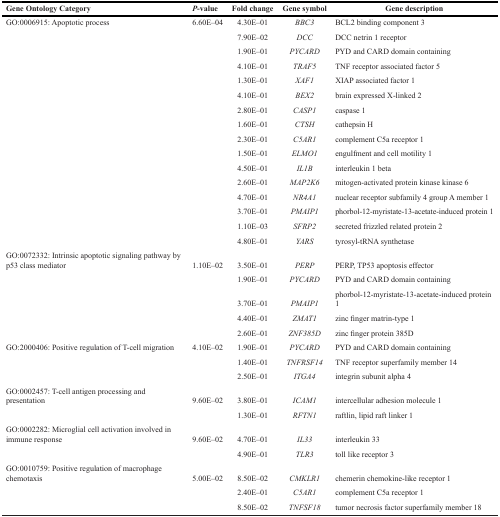
<table><thead><tr><td><b>Gene Ontology Category</b></td><td><b><i>P</i>-value</b></td><td><b>Fold change</b></td><td><b>Gene symbol</b></td><td><b>Gene description</b></td></tr></thead><tbody><tr><td>GO:0006915: Apoptotic process</td><td>6.60E–04</td><td>4.30E–01</td><td><i>BBC3</i></td><td>BCL2 binding component 3</td></tr><tr><td></td><td></td><td>7.90E–02</td><td><i>DCC</i></td><td>DCC netrin 1 receptor</td></tr><tr><td></td><td></td><td>1.90E–01</td><td><i>PYCARD</i></td><td>PYD and CARD domain containing</td></tr><tr><td></td><td></td><td>4.10E–01</td><td><i>TRAF5</i></td><td>TNF receptor associated factor 5</td></tr><tr><td></td><td></td><td>1.30E–01</td><td><i>XAF1</i></td><td>XIAP associated factor 1</td></tr><tr><td></td><td></td><td>4.10E–01</td><td><i>BEX2</i></td><td>brain expressed X-linked 2</td></tr><tr><td></td><td></td><td>2.80E–01</td><td><i>CASP1</i></td><td>caspase 1</td></tr><tr><td></td><td></td><td>1.60E–01</td><td><i>CTSH</i></td><td>cathepsin H</td></tr><tr><td></td><td></td><td>2.30E–01</td><td><i>C5AR1</i></td><td>complement C5a receptor 1</td></tr><tr><td></td><td></td><td>1.50E–01</td><td><i>ELMO1</i></td><td>engulfment and cell motility 1</td></tr><tr><td></td><td></td><td>4.50E–01</td><td><i>IL1B</i></td><td>interleukin 1 beta</td></tr><tr><td></td><td></td><td>2.60E–01</td><td><i>MAP2K6</i></td><td>mitogen-activated protein kinase kinase 6</td></tr><tr><td></td><td></td><td>4.70E–01</td><td><i>NR4A1</i></td><td>nuclear receptor subfamily 4 group A member 1</td></tr><tr><td></td><td></td><td>3.70E–01</td><td><i>PMAIP1</i></td><td>phorbol-12-myristate-13-acetate-induced protein 1</td></tr><tr><td></td><td></td><td>1.10E–03</td><td><i>SFRP2</i></td><td>secreted frizzled related protein 2</td></tr><tr><td></td><td></td><td>4.80E–01</td><td><i>YARS</i></td><td>tyrosyl-tRNA synthetase</td></tr><tr><td>GO:0072332: Intrinsic apoptotic signaling pathway by p53 class mediator</td><td>1.10E–02</td><td>3.50E–01</td><td><i>PERP</i></td><td>PERP, TP53 apoptosis effector</td></tr><tr><td></td><td></td><td>1.90E–01</td><td><i>PYCARD</i></td><td>PYD and CARD domain containing</td></tr><tr><td></td><td></td><td>3.70E–01</td><td><i>PMAIP1</i></td><td>phorbol-12-myristate-13-acetate-induced protein 1</td></tr><tr><td></td><td></td><td>4.40E–01</td><td><i>ZMAT1</i></td><td>zinc finger matrin-type 1</td></tr><tr><td></td><td></td><td>2.60E–01</td><td><i>ZNF385D</i></td><td>zinc finger protein 385D</td></tr><tr><td>GO:2000406: Positive regulation of T-cell migration</td><td>4.10E–02</td><td>1.90E–01</td><td><i>PYCARD</i></td><td>PYD and CARD domain containing</td></tr><tr><td></td><td></td><td>1.40E–01</td><td><i>TNFRSF14</i></td><td>TNF receptor superfamily member 14</td></tr><tr><td></td><td></td><td>2.50E–01</td><td><i>ITGA4</i></td><td>integrin subunit alpha 4</td></tr><tr><td>GO:0002457: T-cell antigen processing and presentation</td><td>9.60E–02</td><td>3.80E–01</td><td><i>ICAM1</i></td><td>intercellular adhesion molecule 1</td></tr><tr><td></td><td></td><td>1.30E–01</td><td><i>RFTN1</i></td><td>raftlin, lipid raft linker 1</td></tr><tr><td>GO:0002282: Microglial cell activation involved in immune response</td><td>9.60E–02</td><td>4.70E–01</td><td><i>IL33</i></td><td>interleukin 33</td></tr><tr><td></td><td></td><td>4.90E–01</td><td><i>TLR3</i></td><td>toll like receptor 3</td></tr><tr><td>GO:0010759: Positive regulation of macrophage chemotaxis</td><td>5.00E–02</td><td>8.50E–02</td><td><i>CMKLR1</i></td><td>chemerin chemokine-like receptor 1</td></tr><tr><td></td><td></td><td>2.40E–01</td><td><i>C5AR1</i></td><td>complement C5a receptor 1</td></tr><tr><td></td><td></td><td>8.50E–02</td><td><i>TNFSF18</i></td><td>tumor necrosis factor superfamily member 18</td></tr></tbody></table>